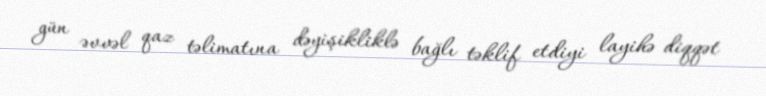
gün əvvəl qaz təlimatına dəyişikliklə bağlı təklif etdiyi layihə diqqət